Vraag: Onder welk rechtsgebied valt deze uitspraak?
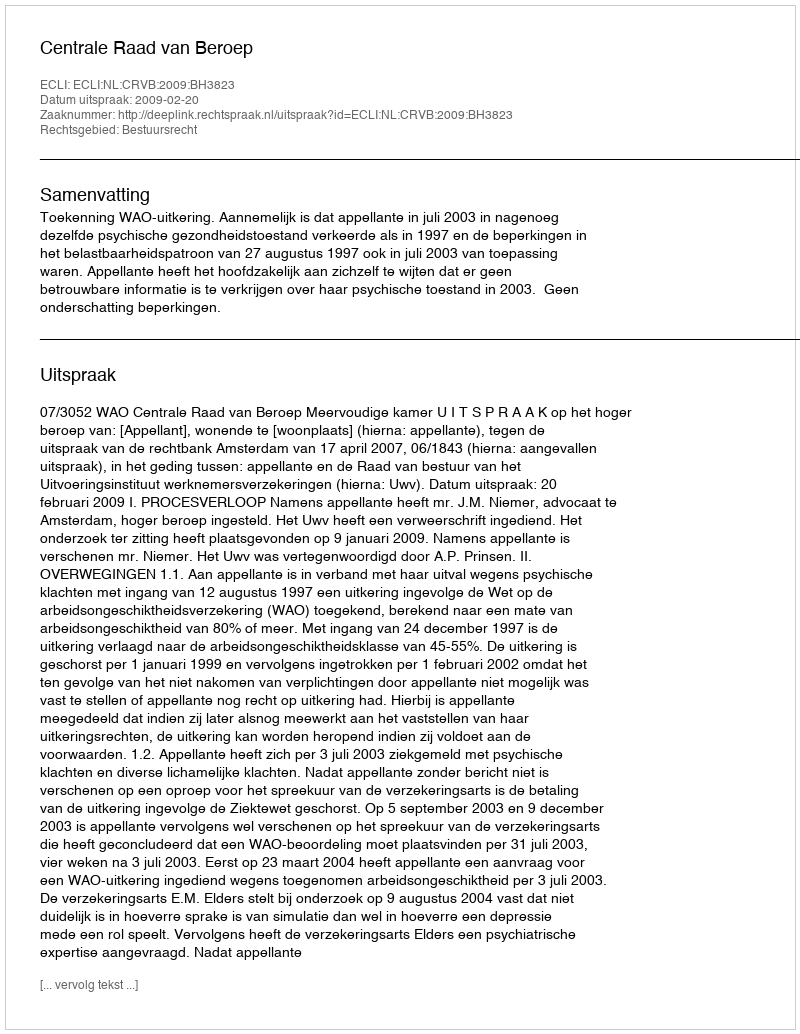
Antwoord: Bestuursrecht